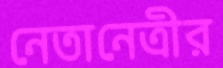
নেতানেত্রীর